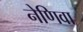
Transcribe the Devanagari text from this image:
नेणिवा